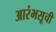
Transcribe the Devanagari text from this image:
आरंभसूची